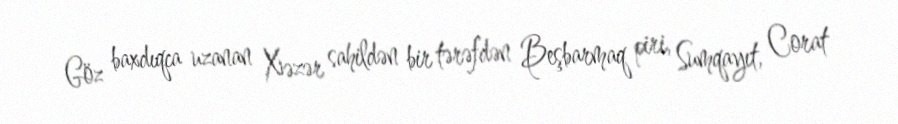
Göz baxdıqca uzanan Xəzər sahildən bir tərəfdən Beşbarmaq piri, Sumqayıt, Corat